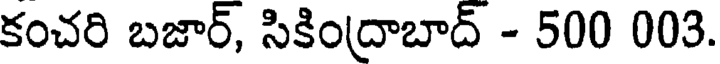
కంచరి బజార్, సికింద్రాబాద్ - 500 003.